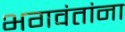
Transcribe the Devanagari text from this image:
भगवंतांना